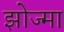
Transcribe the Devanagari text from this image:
झोज्मा